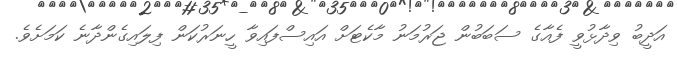
އަދީބު ވިދާޅުވީ ފެއާގެ ސަބަބުން ޖަރުމަނު މާކެޓަށް އައިސްފައިވާ ހީނަރުކަން ފިލައިގެންދާނެ ކަމަށެވެ.